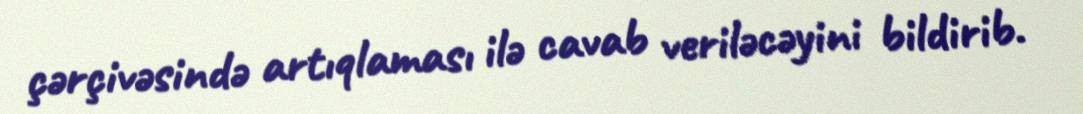
çərçivəsində artıqlaması ilə cavab veriləcəyini bildirib.